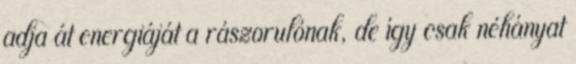
adja át energiáját a rászorulónak, de így csak néhányat